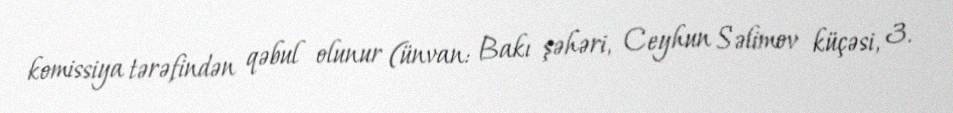
komissiya tərəfindən qəbul olunur (ünvan: Bakı şəhəri, Ceyhun Səlimov küçəsi, 3.